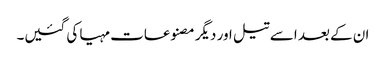
ان کے بعد اسے تیل اور دیگر مصنوعات مہیا کی گئیں۔